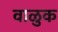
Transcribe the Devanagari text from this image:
वाळुक